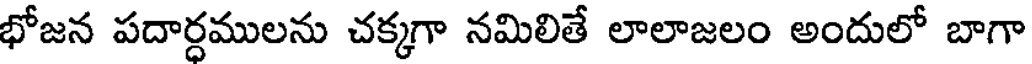
భోజన పదార్ధములను చక్కగా నమిలితే లాలాజలం అందులో బాగా